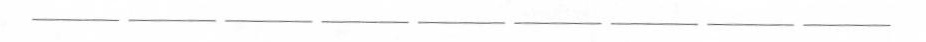
___